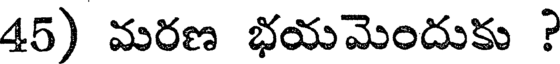
45) మరణ భయమెందుకు ?